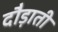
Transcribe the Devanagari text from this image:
दौड़ाती